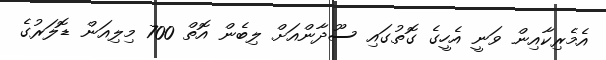
އެމެރިކާއިން ވަނީ އެހީގެ ގޮތުގައި ސޫދާންއަށް ލިބެން އޮތް 700 މިލިއަން ޑޮލަރުގެ